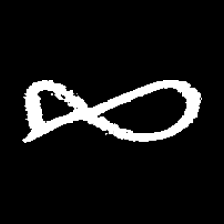
Pyu character \u2014 Myanmar letter: ဆ (romanized: cha)